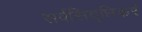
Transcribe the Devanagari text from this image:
सर्वसिद्धिकरं